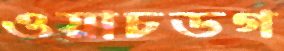
ওয়াচডগ